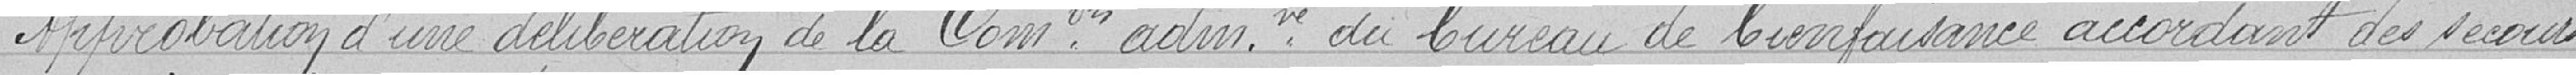
Approbation d'une délibération de la Commission administrative du bureau de bienfaisance accordant des secours